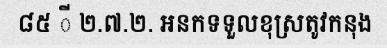
៨៥ ី ២.៧.២. អនកទទួលខុស្រតូវកនុង